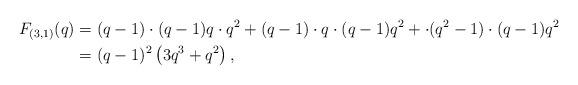
LaTeX: \begin{align*}F_{(3,1)}(q) &= (q-1) \cdot (q-1)q \cdot q^2+ (q-1) \cdot q \cdot (q-1)q^2+ \cdot (q^2-1) \cdot (q-1)q^2 \\&= (q-1)^2\left(3q^3+q^2\right),\end{align*}